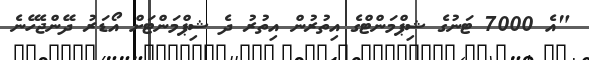
"އެ 7000 ޓަނުގެ ޝިޕްމަންޓްގެ އިތުރުން އިތުރު ދެ ޝިޕްމަންޓަށް އޯޑަރު ދޭންޖެހޭނެ